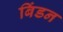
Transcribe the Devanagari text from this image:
बिंडन